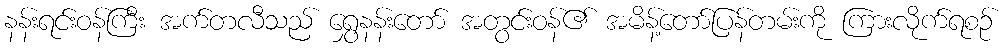
နန်းရင်းဝန်ကြီး အက်တလီသည် ရွှေနန်းတော် အတွင်းဝန်၏ အမိန့်တော်ပြန်တမ်းကို ကြားလိုက်ရစဉ်